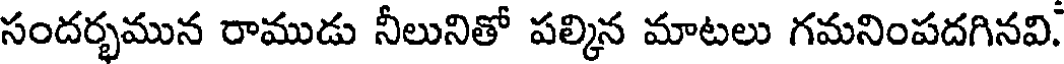
సందర్భమున రాముడు నీలునితో పల్మిన మాటలు గమనింపదగినవి.